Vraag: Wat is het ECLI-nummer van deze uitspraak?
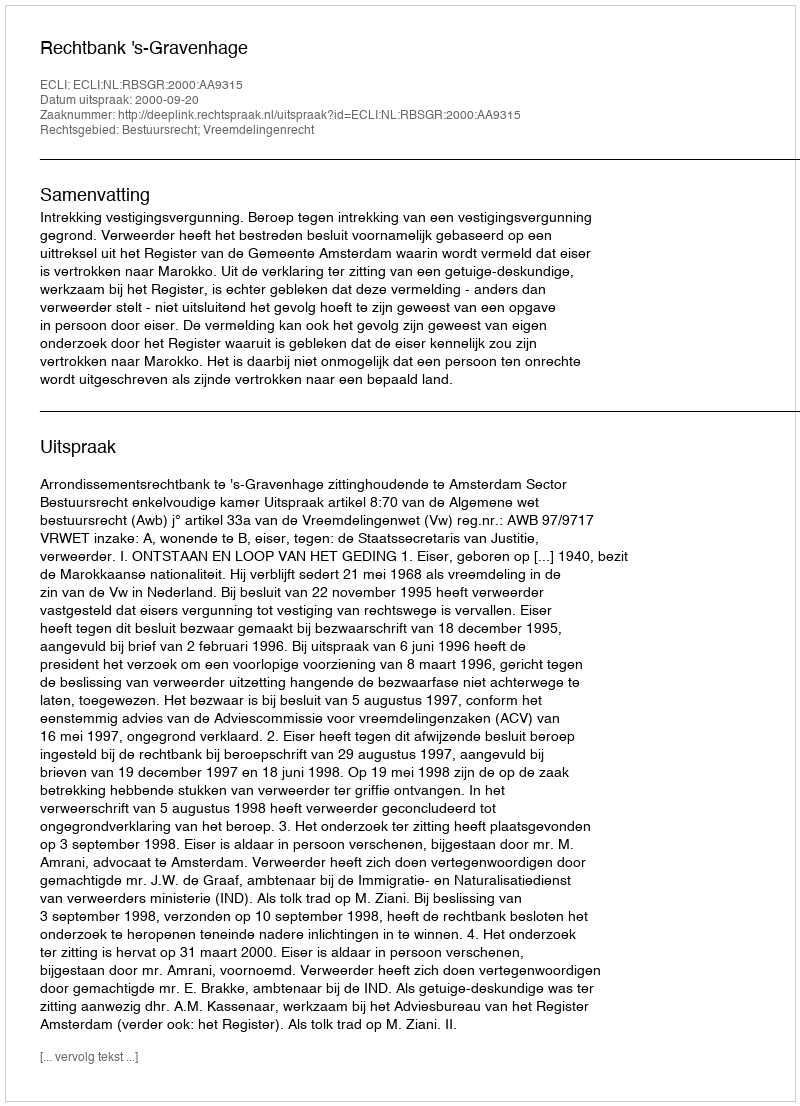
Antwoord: ECLI:NL:RBSGR:2000:AA9315